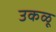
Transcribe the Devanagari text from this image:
उकळू